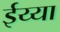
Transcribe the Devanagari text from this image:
ईय्या